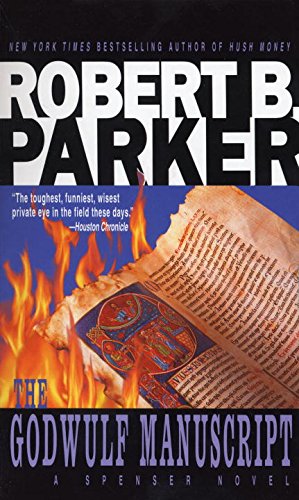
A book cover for The Godwulf Manuscript (Spencer, No. 1) (Spenser); Robert B. Parker; Mystery, Thriller & Suspense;